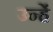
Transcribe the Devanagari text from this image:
उन्हेंं